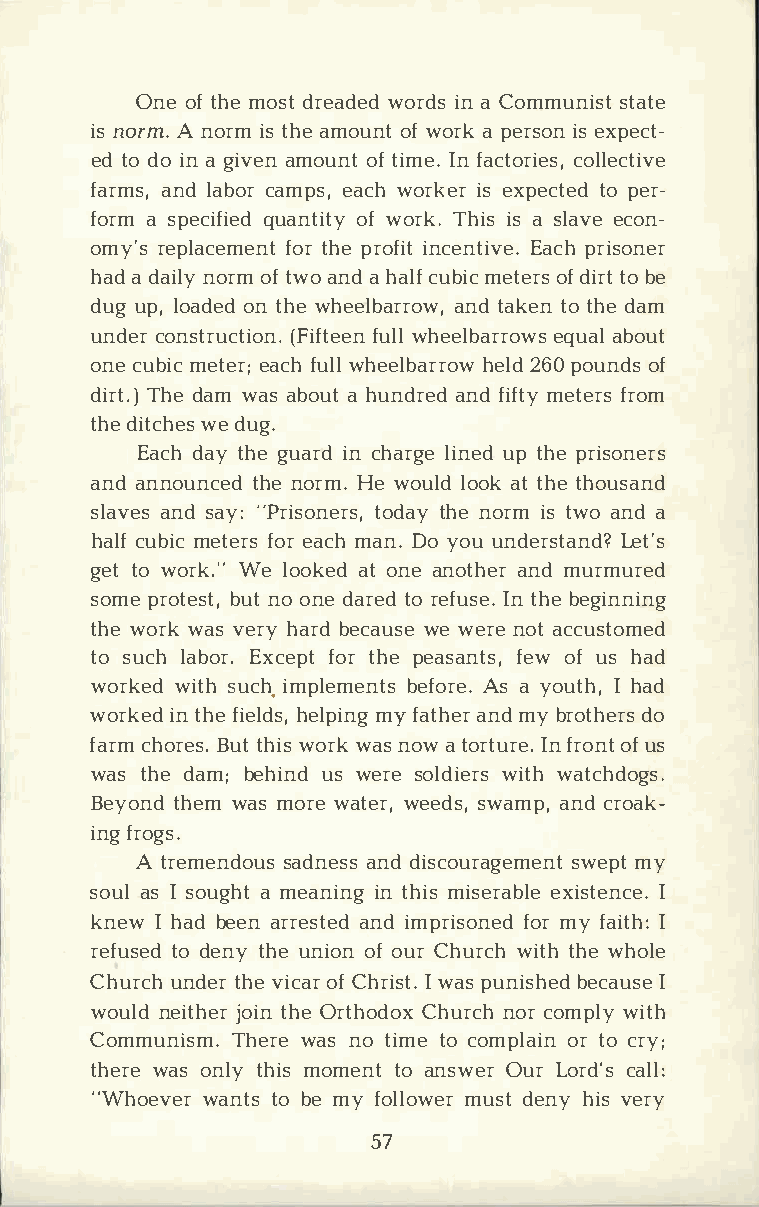
Oneo ft hmeo sdtr eadweodr disna C ommunsitsatt e
 isn ormA. n orimst haem ouonftw orakp ersiosen x pect­
 edt od oi na g ivaemno uonftt imIen.f actocroilelse,c tive
 farmasn,dl abcoarm pesa,c who rkiesre xpecttope edr ­
 foram s peciqfuiaendt oifwt oyr kT.h iissa s laevceo n­
 omy'rse placefmoterhn petr oifnicte ntEiavcpehr. i soner
 haadd ainloyr omft woa ndah alcfu bmiect eorfds i trotb e
 dugu pl,o adoentd h weh eelbaarnrdto awk,et not hdea m
 undecro nstru(cFtiifoftnue.wle hlne elbaerqruoaawblso ut
 onecu bmiect eera;cf hu wlhle elbahrerl2od6w p0 o unodfs
 dirTth.ed) a mw asa boauh tu ndraenddf ifmteyt efrrso m
 thdei tcwheed su g.
 Eacdha yt hgeu aridnc harlgien uepdt hper isoners
 anda nnountchenedo rmH.ew oulldo oaktt hteh ousand
 slavaensds ay":P risotnoedratsyh,n e o rims t woa nda
 halcfu bmiect efroser a cmha nD.o y ouu nderstLaentd'?s
 getto w orkW.e" l ookaetod n ea nothaenrdm urmured
 somper otbeusntto ,o ned arteodr efuIsnte h.be e ginning
 thweo rwka sv erhya rbde cauwsewe e rneo atc customed
 tos uclha boErx.c efpottr h ep easafnetwso ,fu sh ad
 workewdi tshu c.hi mplembeenftosAr sea .y outIhh ,a d
 workientd h fei elhdesl,pm iynf ga thaenrmd y b rothers do
 farcmh orBeustt.h wiosr wka sn owa t ortIunrf er.oo nfut s
 wast hed amb;e hiunsdw erseo ldiweirtwsha tchdogs.
 Beyotnhde wma sm orwea tewre,e dssw,a mapn,d c roak­
 infgr ogs.
 A tremensdaodunsae nsdsd iscourasgweempmetyn t
 soualsI s ougahm te aniinntg h imsi sereaxbilset eIn ce.
 knewIh adb eeanr resatnedid m prisfoonmrey df aiIt h:
 refutsoed de ntyh uen ioonfo urC hurwciht thh weh ole
 Churucnhd etrhv ei coafCr h riIsw ta.sp unisbheecda Iu se
 woulnde itjhoeitrnh Oer thoCdhouxr ncohcr o mpwliyt h
 CommuniTshme.r wea sn ot imteoc omploarit noc ry;
 thewraes o nltyh imso menttoa nswOeurr L ordc'asl l:
 "Whoevwearn ttsob em yf ollomwuesrdt e nhyi vse ry
 57